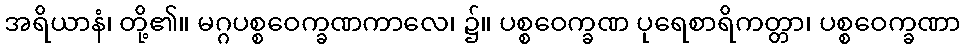
အရိယာနံ၊ တို့၏။ မဂ္ဂပစ္စဝေက္ခဏကာလေ၊ ၌။ ပစ္စဝေက္ခဏ ပုရေစာရိကတ္တာ၊ ပစ္စဝေက္ခဏာ